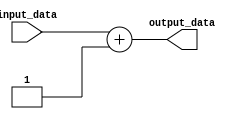
module GenerateParameterizedModule #(parameter WIDTH = 8) (
    input wire [WIDTH-1:0] input_data,
    output reg [WIDTH-1:0] output_data
);

    always @(*) begin
        output_data = input_data + 1;
    end

endmodule